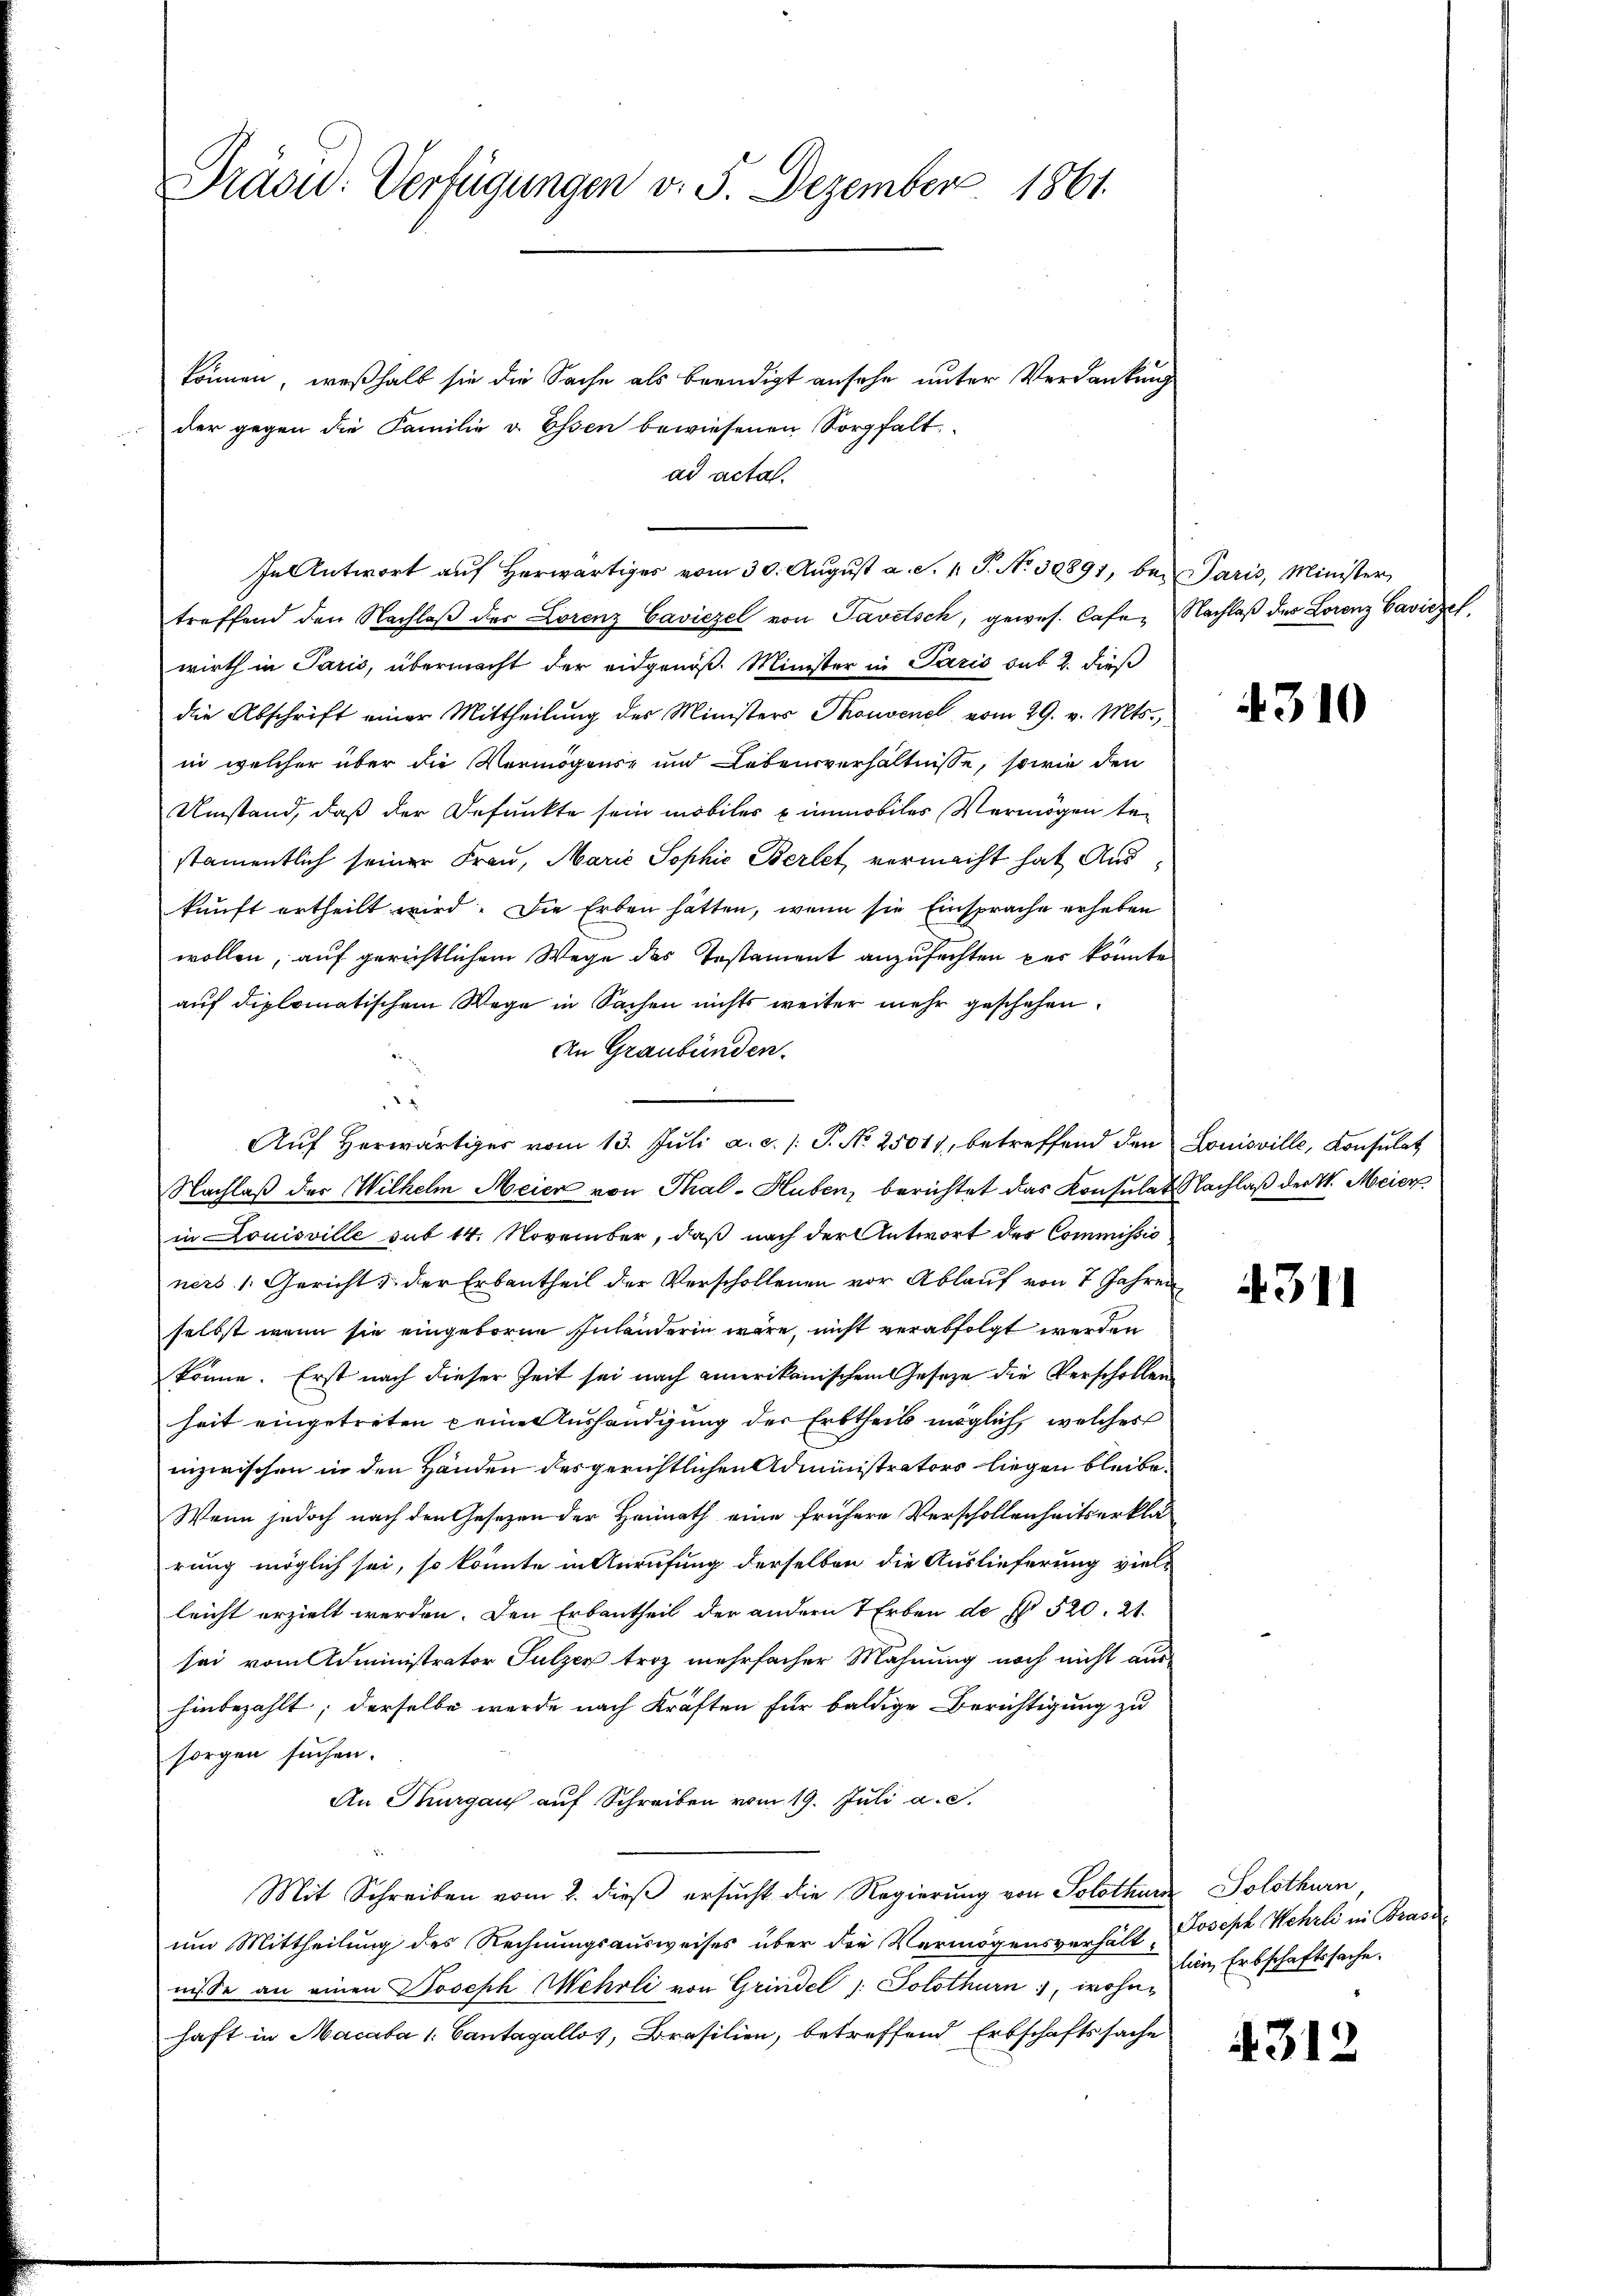
Präsid. Verfügungen v. 5. Dezember 1861.

können, weßhalb sie die Sache als beendigt ansehe unter Verdankung
der gegen die Familie v. Essen bewiesenen Sorgfalt
ad acta.
In Antwort auf herwärtiges vom 30. August a. S. 1. J. N. 30891, bei Paris, Minister
treffend den Nachlaβ der Lorenz Caviezel von Tavetsch, gewes. Cafe- Nachlaβ des Lorenz Gavizzel.
wirth in Paris, übermacht der eidgenöß. Minister in Paris sub 2. dieß
die Abschrift einer Mittheilŭng des Ministers Thonvenel vom 29. v. Mts.,
in welcher über die Vermögen und Lebensverhältnisse, sowie den
Umstand, daß der Befunkte sein mobiles immobiles Vermögen tastamentlich seiner Frau, Marić Sophie Berlet vermacht hat Auskunft ertheilt wird. Die Erben hatten, wenn sie Einsprache erheben
wollen, auf gerichtlichem Wege des Testament anzufechten per könnte
auf diplomatischem Wege in Sachen nichts weiter mehr geschehen.
An Graubünden.
Auf herwärtiges vom 13. Juli a. c. /: P. No 25017, betreffend den Louisville, Konsulat
Nachlaß der Wilhelm Meier von Thal-Huben, berichtet das Konsulat Nachlaß der W. Meier
in Louisville sub 14. November, daß nach der Antwort der Commissio
ners /: Gericht & der Erbantheil der Verschollenen vor Ablauf von 7 Jahren
selbst wenn sie eingeborne Inländerin wäre, nicht verabfolgt werden
könne. Erst nach dieser Zeit sei nach amerikanischen Gesetze die Verschollen
heit eingetreten eine Aushändigung der Erbtheils möglich, welches
inzwischen in den Händen des gerichtlichen Administrators liegen bleibe
Wenn jedoch nach den Gesezen der Hannath eine frühere Verschollenheitserklärung möglich sei, so könnte in Anrufung derselben die Auslieferung vielleicht erzielt werden. Den Erbantheil der andern 7 Erben de § 520. 21.
sei vom Administrator Sulzer troz mehrfacher Mahnung noch nicht aus-
hinbezahlt; derselbe werde nach Kräften für baldige Berichtigung zu
sorgen suchen.
An Thurgau auf Schreiben vom 19. Juli a. c.
Mit Schreiben vom 2. dieß ersucht die Regierung von Solothur Solothurn
um Mittheilung des Rechnungsausweises über die Vermögensverhält-
nisse an einen Joseph Mehrli von Grindel /: Solothurn, wohnhaft in Macaba 1: Cantagellos, Brasilien, betreffend Erbschaftssache

4310

4311

Joseph Wehrli in Brande
lein Erbschaftssache.

4312